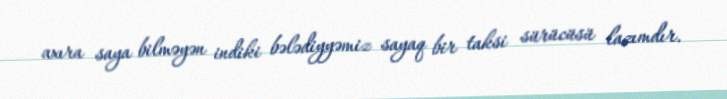
axıra saya bilməyən indiki bələdiyyəmiz sayaq bir taksi sürücüsü lazımdır.